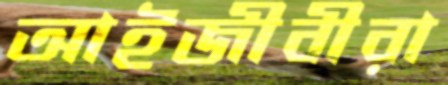
আইজীবীরা